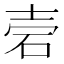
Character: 𥑟